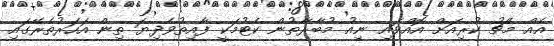
އެއް މެޗު ކުރިއަށް އޮއްވައި ނިއު މުބާރާތުން ކެޓުމަކީ ފާއިތުވެދިޔަ ތިން އަހަރުތެރޭގައި